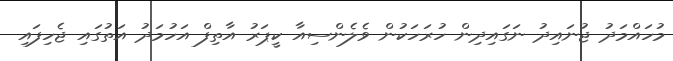
މުހައްމަދު ޖުނައިދު ނަގައިދިން ހުރަހަކުން ވެލެންސިއާ ކީޕަރު އާތިފް އަހުމަދު އަތުގައި ޖެހިފައި